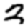
Digit: 2